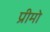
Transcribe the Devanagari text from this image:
प्रीमो